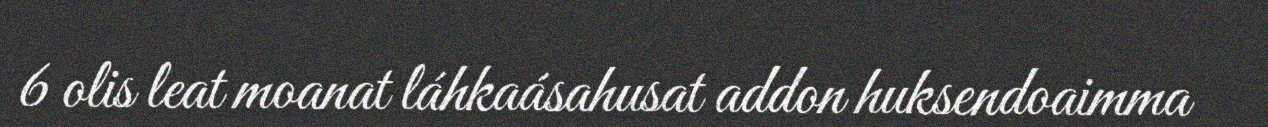
6 olis leat moanat láhkaásahusat addon huksendoaimma